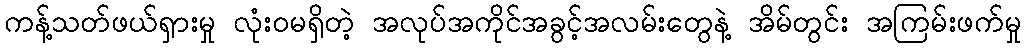
ကန့်သတ်ဖယ်ရှားမှု လုံးဝမရှိတဲ့ အလုပ်အကိုင်အခွင့်အလမ်းတွေနဲ့ အိမ်တွင်း အကြမ်းဖက်မှု